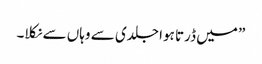
” میں ڈرتا ہوا جلدی سے وہاں سے نکلا۔